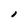
Character: I